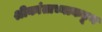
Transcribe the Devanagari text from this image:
श्रीकांताच्याकडून